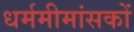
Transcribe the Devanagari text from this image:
धर्ममीमांसकों